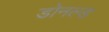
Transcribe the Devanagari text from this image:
डोनल्‍ड